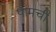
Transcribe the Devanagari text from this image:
पामची